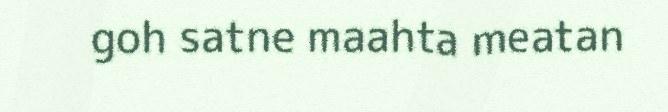
goh satne maahta meatan